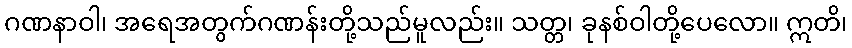
ဂဏနာဝါ၊ အရေအတွက်ဂဏန်းတို့သည်မူလည်း။ သတ္တ၊ ခုနစ်ဝါတို့ပေလော။ ဣတိ၊